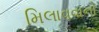
મિલાવવાનો